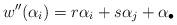
LaTeX: \begin{align*}w''(\alpha_i)= r \alpha_i + s \alpha_j +\alpha_\bullet\end{align*}